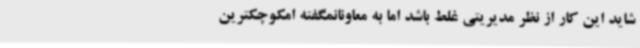
شاید این کار از نظر مدیریتی غلط باشد اما به معاونانمگفته امکوچکترین